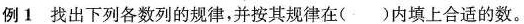
例1 找出下列各数列的规律，并按其规律在( )内填上合适的数。